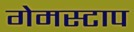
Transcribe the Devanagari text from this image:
गेमस्टाप